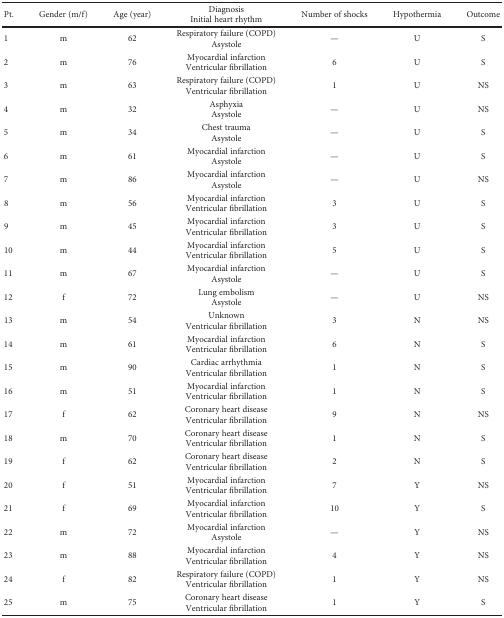
<table><thead><tr><td><b>Pt.</b></td><td><b>Gender (m/f)</b></td><td><b>Age (year)</b></td><td><b>DiagnosisInitial heart rhythm</b></td><td><b>Number of shocks</b></td><td><b>Hypothermia</b></td><td><b>Outcome</b></td></tr></thead><tbody><tr><td>1</td><td>m</td><td>62</td><td>Respiratory failure (COPD)Asystole</td><td>—</td><td>U</td><td>S</td></tr><tr><td>2</td><td>m</td><td>76</td><td>Myocardial infarctionVentricular fibrillation</td><td>6</td><td>U</td><td>S</td></tr><tr><td>3</td><td>m</td><td>63</td><td>Respiratory failure (COPD)Ventricular fibrillation</td><td>1</td><td>U</td><td>NS</td></tr><tr><td>4</td><td>m</td><td>32</td><td>AsphyxiaAsystole</td><td>—</td><td>U</td><td>NS</td></tr><tr><td>5</td><td>m</td><td>34</td><td>Chest traumaAsystole</td><td>—</td><td>U</td><td>S</td></tr><tr><td>6</td><td>m</td><td>61</td><td>Myocardial infarctionAsystole</td><td>—</td><td>U</td><td>S</td></tr><tr><td>7</td><td>m</td><td>86</td><td>Myocardial infarctionAsystole</td><td>—</td><td>U</td><td>NS</td></tr><tr><td>8</td><td>m</td><td>56</td><td>Myocardial infarctionVentricular fibrillation</td><td>3</td><td>U</td><td>S</td></tr><tr><td>9</td><td>m</td><td>45</td><td>Myocardial infarctionVentricular fibrillation</td><td>3</td><td>U</td><td>S</td></tr><tr><td>10</td><td>m</td><td>44</td><td>Myocardial infarctionVentricular fibrillation</td><td>5</td><td>U</td><td>S</td></tr><tr><td>11</td><td>m</td><td>67</td><td>Myocardial infarctionAsystole</td><td>—</td><td>U</td><td>S</td></tr><tr><td>12</td><td>f</td><td>72</td><td>Lung embolismAsystole</td><td>—</td><td>U</td><td>NS</td></tr><tr><td>13</td><td>m</td><td>54</td><td>UnknownVentricular fibrillation</td><td>3</td><td>N</td><td>NS</td></tr><tr><td>14</td><td>m</td><td>61</td><td>Myocardial infarctionVentricular fibrillation</td><td>6</td><td>N</td><td>S</td></tr><tr><td>15</td><td>m</td><td>90</td><td>Cardiac arrhythmiaVentricular fibrillation</td><td>1</td><td>N</td><td>S</td></tr><tr><td>16</td><td>m</td><td>51</td><td>Myocardial infarctionVentricular fibrillation</td><td>1</td><td>N</td><td>S</td></tr><tr><td>17</td><td>f</td><td>62</td><td>Coronary heart diseaseVentricular fibrillation</td><td>9</td><td>N</td><td>NS</td></tr><tr><td>18</td><td>m</td><td>70</td><td>Coronary heart diseaseVentricular fibrillation</td><td>1</td><td>N</td><td>S</td></tr><tr><td>19</td><td>f</td><td>62</td><td>Coronary heart diseaseVentricular fibrillation</td><td>2</td><td>N</td><td>S</td></tr><tr><td>20</td><td>f</td><td>51</td><td>Myocardial infarctionVentricular fibrillation</td><td>7</td><td>Y</td><td>NS</td></tr><tr><td>21</td><td>f</td><td>69</td><td>Myocardial infarctionVentricular fibrillation</td><td>10</td><td>Y</td><td>S</td></tr><tr><td>22</td><td>m</td><td>72</td><td>Myocardial infarctionAsystole</td><td>—</td><td>Y</td><td>NS</td></tr><tr><td>23</td><td>m</td><td>88</td><td>Myocardial infarctionVentricular fibrillation</td><td>4</td><td>Y</td><td>NS</td></tr><tr><td>24</td><td>f</td><td>82</td><td>Respiratory failure (COPD)Ventricular fibrillation</td><td>1</td><td>Y</td><td>NS</td></tr><tr><td>25</td><td>m</td><td>75</td><td>Coronary heart diseaseVentricular fibrillation</td><td>1</td><td>Y</td><td>S</td></tr></tbody></table>